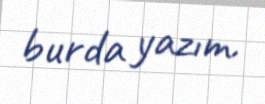
burda yazım.